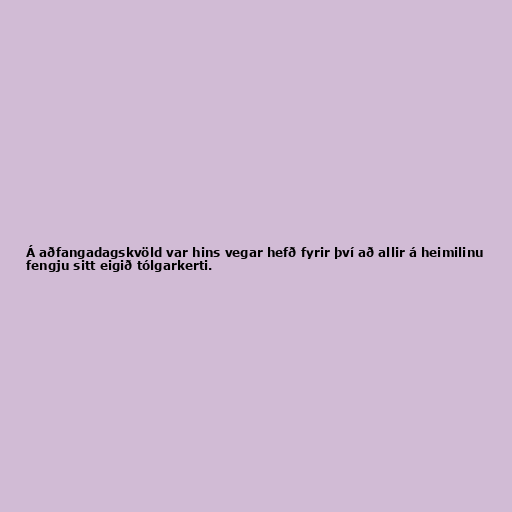
Á aðfangadagskvöld var hins vegar hefð fyrir því að allir á heimilinu
fengju sitt eigið tólgarkerti.